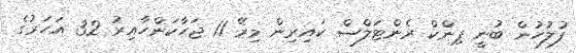
ފުލުހުން ބުނީ ޕިންކް ރެންޓަލްސް ކައިރިން މިރޭ 11 ޖަހާކަންހާއިރު 32 އަހަރުގެ